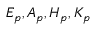
E _ { p } , A _ { p } , H _ { p } , K _ { p }